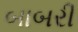
બાબરી